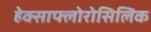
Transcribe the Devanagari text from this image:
हेक्साफ्लोरोसिलिक